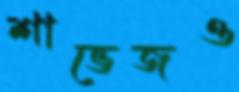
শাভেজও